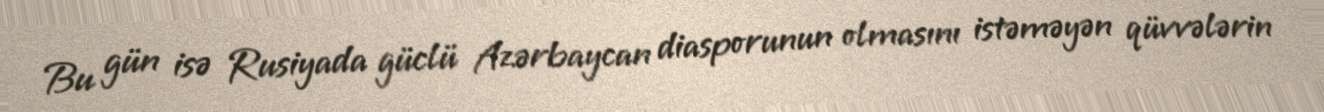
Bu gün isə Rusiyada güclü Azərbaycan diasporunun olmasını istəməyən qüvvələrin